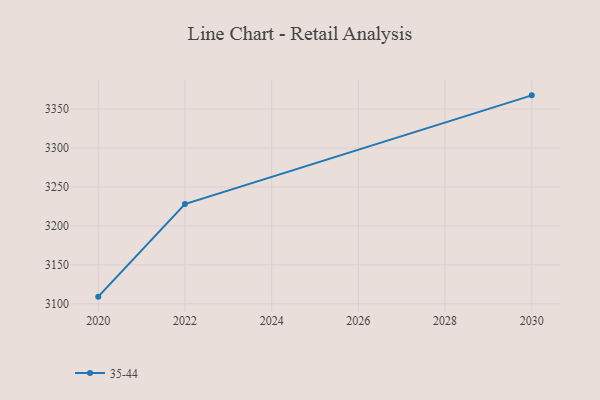
{"axis": {"x": "Year", "y": "Operating Costs (USD K)"}, "legend": ["35-44"], "data": [{"x": "2020", "y": 3109.1, "type": "35-44"}, {"x": "2022", "y": 3228.0, "type": "35-44"}, {"x": "2030", "y": 3367.6, "type": "35-44"}]}